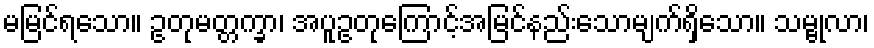
မမြင်ရသော။ ဥတုမတ္တက္ခာ၊ အပူဥတုကြောင့်အမြင်နည်းသောမျက်ရှိသော။ သမ္ဗုလာ၊